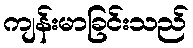
ကျန်းမာခြင်းသည်